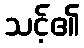
သင့်၏